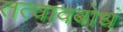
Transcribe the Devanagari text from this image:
तत्वावबोधं